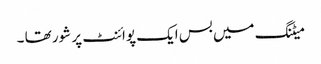
میٹنگ میں بس ایک پوائنٹ پر شور تھا ۔